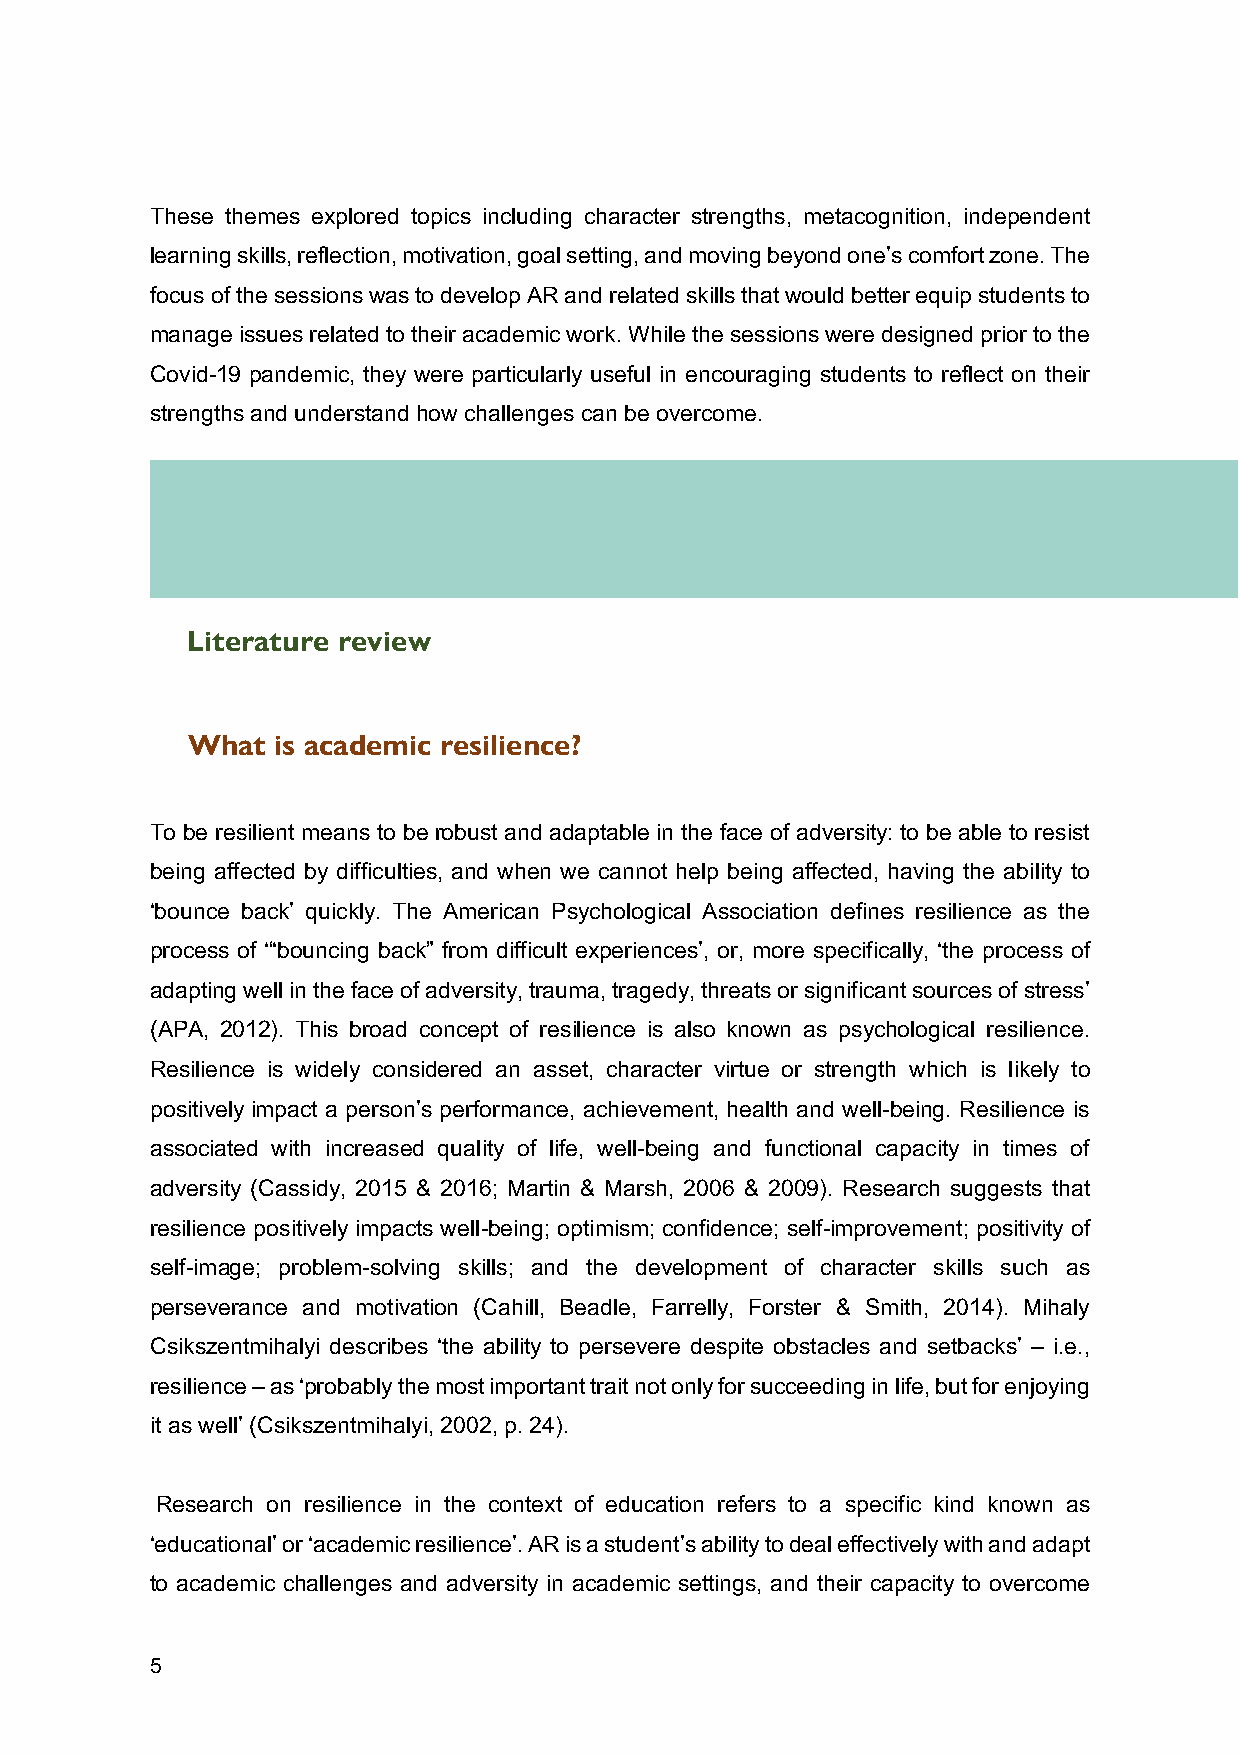
These themes explored topics including character strengths, metacognition, independent
 learning skills, reflection, motivation, goal setting, and moving beyond one’s comfort zone. The
 focus of the sessions was to develop AR and related skills that would better equip students to
 manage issues related to their academic work. While the sessions were designed prior to the
 Covid-19 pandemic, they were particularly useful in encouraging students to reflect on their
 strengths and understand how challenges can be overcome.
 Literature review
 What  is academic resilience?
 To be resilient means to be robust and adaptable in the face of adversity: to be able to resist
 being affected by difficulties, and when we cannot help being affected, having the ability to
 ‘bounce back’ quickly. The American Psychological Association defines resilience as the
 process of ‘“bouncing back” from difficult experiences’, or, more specifically, ‘the process of
 adapting well in the face of adversity, trauma, tragedy, threats or significant sources of stress’
 (APA, 2012). This broad concept of resilience is also known as psychological resilience.
 Resilience is widely considered an asset, character virtue or strength which is likely to
 positively impact a person’s performance, achievement, health and well-being. Resilience is
 associated with increased quality of life, well-being and functional capacity in times of
 adversity (Cassidy, 2015 & 2016; Martin & Marsh, 2006 & 2009). Research suggests that
 resilience positively impacts well-being; optimism; confidence; self-improvement; positivity of
 self-image; problem-solving skills; and the development of character skills such as
 perseverance and motivation (Cahill, Beadle, Farrelly, Forster & Smith, 2014). Mihaly
 Csikszentmihalyi describes ‘the ability to persevere despite obstacles and setbacks’ – i.e.,
 resilience – as ‘probably the most important trait not only for succeeding in life, but for enjoying
 it as well’ (Csikszentmihalyi, 2002, p. 24).
 Research on resilience in the context of education refers to a specific kind known as
 ‘educational’ or ‘academic resilience’. AR is a student’s ability to deal effectively with and adapt
 to academic challenges and adversity in academic settings, and their capacity to overcome
 5